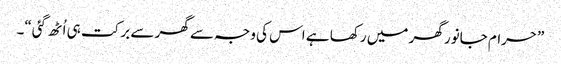
”حرام جانور گھر میں رکھا ہے اس کی وجہ سے گھر سے برکت ہی اُٹھ گئی“۔